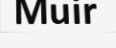
Muir